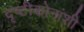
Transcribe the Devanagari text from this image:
दृष्टीकोनांशी